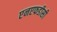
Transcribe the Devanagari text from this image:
एनएफडीसी